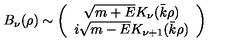
B _ { \nu } ( \rho ) \sim \left( \begin{array} { c } { \sqrt { m + E } K _ { \nu } ( \bar { k } \rho ) } \\ { i \sqrt { m - E } K _ { \nu + 1 } ( \bar { k } \rho ) } \\ \end{array} \right)